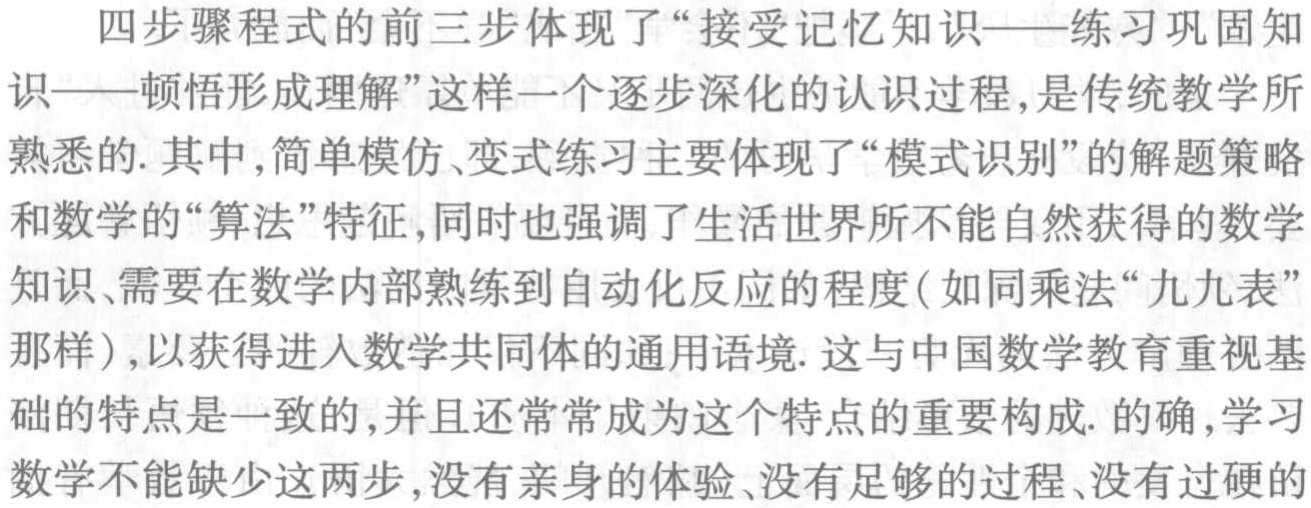
四步骤程式的前三步体现了“接受记忆知识——练习巩固知识——顿悟形成理解”这样一个逐步深化的认识过程，是传统教学所熟悉的. 其中,简单模仿、变式练习主要体现了“模式识别”的解题策略和数学的“算法”特征, 同时也强调了生活世界所不能自然获得的数学知识、需要在数学内部熟练到自动化反应的程度(如同乘法“九九表”那样), 以获得进入数学共同体的通用语境. 这与中国数学教育重视基础的特点是一致的,并且还常常成为这个特点的重要构成. 的确,学习数学不能缺少这两步,没有亲身的体验、没有足够的过程、没有过硬的